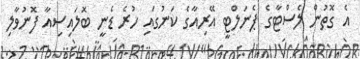
އެ ގޮތުން ލެސްޓާގެ ޕެނަލްޓީ އޭރިއާގެ ކަނުގައި ހުރެ ޑެނީ ބޮލައިސިއާ ފޮނުވާލި